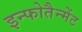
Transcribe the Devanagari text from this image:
इन्फोतैन्मेंट